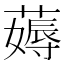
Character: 薅